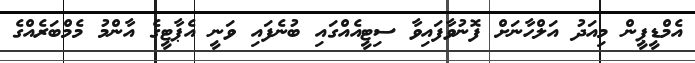
އެމްޑީޕީން މިއަދު އަލްހާނަށް ފޮނުވާފައިވާ ސިޓީއެއްގައި ބުނެފައި ވަނީ އެޕާޓީގެ އާންމު މެމްބަރެއްގެ